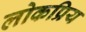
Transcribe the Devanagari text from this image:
लोकप्रिय